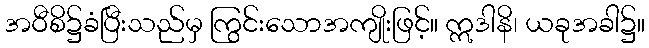
အဝီစိ၌ခံပြီးသည်မှ ကြွင်းသောအကျိုးဖြင့်။ ဣဒါနိ၊ ယခုအခါ၌။